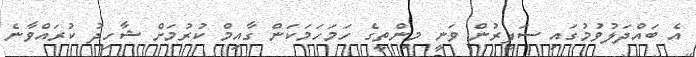
އެ ބައްދަލުވުމުގައި ސަފީރުން ވަނީ މިންތީގެ ހަމަހަމަކަން ގާއިމް ކުރުމަށް ޝާހިދު ކުރައްވާނެ